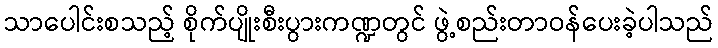
သာပေါင်းစသည့် စိုက်ပျိုးစီးပွားကဏ္ဍတွင် ဖွဲ့စည်းတာဝန်ပေးခဲ့ပါသည်